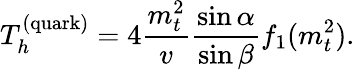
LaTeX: T_{h}^{(\mathrm{quark})}=4\frac{m_{t}^{2}}{v}\frac{\sin\alpha}{\sin\beta}f_{1}(m_{t}^{2}).